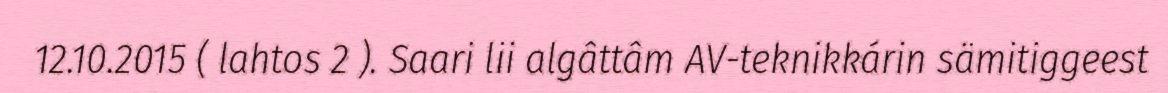
12.10.2015 ( lahtos 2 ). Saari lii algâttâm AV-teknikkárin sämitiggeest